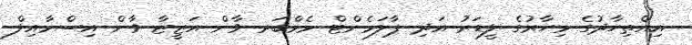
އިއްތިހާދުގެ މިހާރުގެ ލީޑަރު އަދި ޕާލަމެންޓް މެމްބަރ ވާން އަޒީޒާ ވާން އިސްމާއިލް